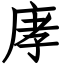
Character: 庨